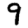
Digit: 9